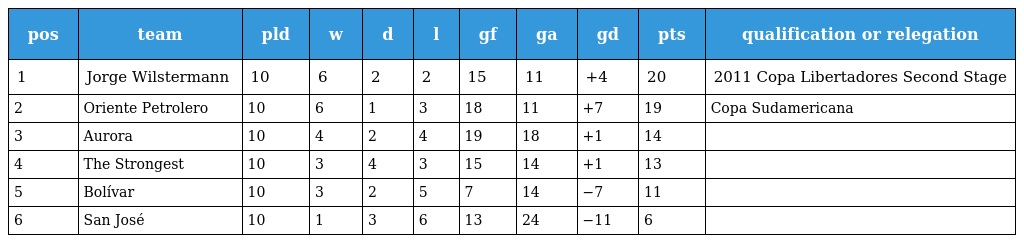
| pos | team | pld | w | d | l | gf | ga | gd | pts | qualification or relegation |
 | --- | --- | --- | --- | --- | --- | --- | --- | --- | --- | --- |
 | 1 | Jorge Wilstermann | 10 | 6 | 2 | 2 | 15 | 11 | +4 | 20 | 2011 Copa Libertadores Second Stage |
 | 2 | Oriente Petrolero | 10 | 6 | 1 | 3 | 18 | 11 | +7 | 19 | Copa Sudamericana |
 | 3 | Aurora | 10 | 4 | 2 | 4 | 19 | 18 | +1 | 14 |  |
 | 4 | The Strongest | 10 | 3 | 4 | 3 | 15 | 14 | +1 | 13 |  |
 | 5 | Bolívar | 10 | 3 | 2 | 5 | 7 | 14 | −7 | 11 |  |
 | 6 | San José | 10 | 1 | 3 | 6 | 13 | 24 | −11 | 6 |  |